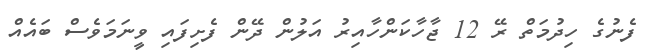
ފެނުގެ ހިދުމަތް ރޭ 12 ޖާހާކަންހާއިރު އަލުން ދޭން ފެށިފައި ވީނަމަވެސް ބައެއް